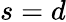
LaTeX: s=d